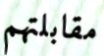
مقابلتهم